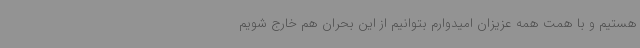
هستیم و با همت همه عزیزان امیدوارم بتوانیم از این بحران هم خارج شویم